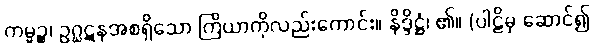
ကမ္မဉ္စ၊ ဥဂ္ဃဋနအစရှိသော ကြိယာကိုလည်းကောင်း။ နိဒ္ဒိဋ္ဌံ၊ ၏။ (ပါဠိမှ ဆောင်၍